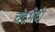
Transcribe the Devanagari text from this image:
चंद्रभेदी